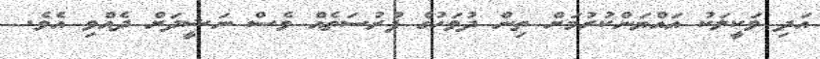
އަދި ވަކީލަކު އައްޔަންކުރުމަށް ތިން ދުވަހުގެ ފުރުސަތެއް ވެސް ނަޝީދަށް ދެއްވި އެވެ.